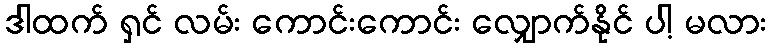
ဒါထက် ရှင် လမ်း ကောင်းကောင်း လျှောက်နိုင် ပါ့ မလား